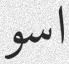
اسو